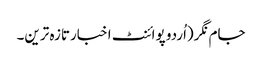
جام نگر(اُردو پوائنٹ اخبارتازہ ترین۔